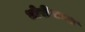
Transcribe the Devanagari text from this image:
धोरीमन्ना